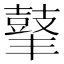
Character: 𪔍